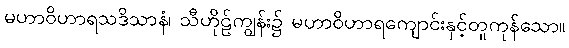
မဟာဝိဟာရသဒိသာနံ၊ သီဟိုဠ်ကျွန်း၌ မဟာဝိဟာရကျောင်းနှင့်တူကုန်သော။